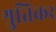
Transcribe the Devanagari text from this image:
श्रुतिकर